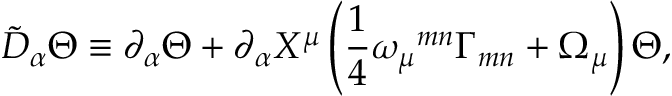
\tilde { { \cal D } } _ { \alpha } \Theta \equiv \partial _ { \alpha } \Theta + \partial _ { \alpha } X ^ { \mu } \left( { \frac { 1 } { 4 } } \omega _ { \mu } { } ^ { m n } \Gamma _ { m n } + \Omega _ { \mu } \right) \Theta ,